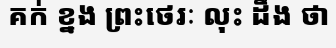
គក់ ខ្នង ព្រះថេរៈ លុះ ដឹង ថា